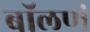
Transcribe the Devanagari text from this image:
बॉलणं